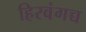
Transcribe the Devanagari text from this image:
हिरवंगच्च